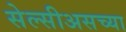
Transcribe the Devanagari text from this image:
सेल्सीअसच्या